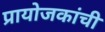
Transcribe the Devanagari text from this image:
प्रायोजकांची